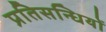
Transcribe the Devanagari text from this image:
प्रतिसन्धियों